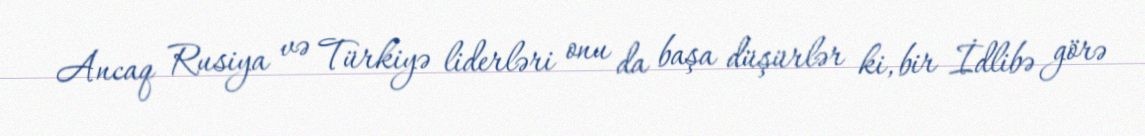
Ancaq Rusiya və Türkiyə liderləri onu da başa düşürlər ki, bir İdlibə görə